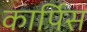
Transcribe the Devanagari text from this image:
कार्पिस